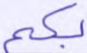
بكم